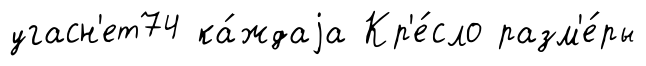
угасн'ет74 ка́ждаjа Кр'е́сло разм'е́ры